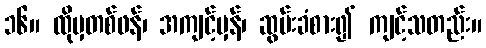
၁၆။ ထိုမှတစ်ဖန်၊ အကျင့်မှန်၊ ဆွမ်းခံစား၍ ကျင့်သတည်း။